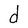
Character: d